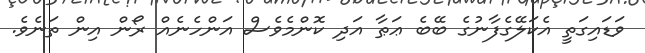
ވަޑައިގަތީ އެކަލޭގެފާނުގެ ބޭބެ ޢަޠާ އަދި ކޮންމެވެސް އަންހެނެއް ރޯން އިން ތަނެވެ.